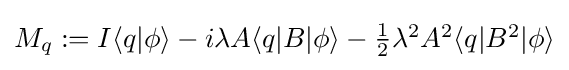
{\textstyle M_{q}:=I\langle q|\phi \rangle -i\lambda A\langle q|B|\phi \rangle -{\frac {1}{2}}\lambda ^{2}A^{2}\langle q|B^{2}|\phi \rangle }